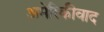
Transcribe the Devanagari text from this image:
अमेरिकीवाद